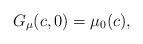
LaTeX: \begin{gather*}G_{\mu}(c,0)=\mu_{0}(c) ,\end{gather*}